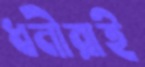
ধনীরাই